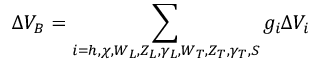
\Delta V _ { B } = \sum _ { i = h , \chi , W _ { L } , Z _ { L } , \gamma _ { L } , W _ { T } , Z _ { T } , \gamma _ { T } , S } g _ { i } \Delta V _ { i }